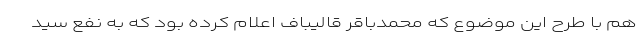
هم با طرح این موضوع که محمدباقر قالیباف اعلام کرده بود که به نفع سید